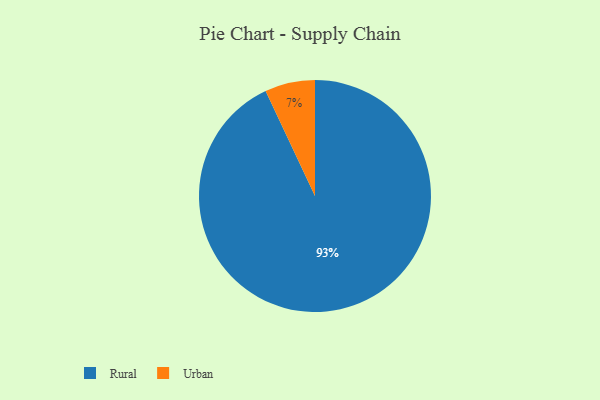
{"axis": {"x": "Category", "y": "Percentage"}, "legend": ["Rural", "Urban"], "data": [{"x": "Urban", "y": 7, "type": "Urban"}, {"x": "Rural", "y": 93, "type": "Rural"}]}